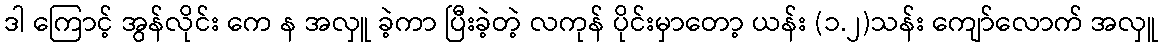
ဒါ ကြောင့် အွန်လိုင်း ကေ န အလှူ ခဲ့ကာ ပြီးခဲ့တဲ့ လကုန် ပိုင်းမှာတော့ ယန်း (၁.၂)သန်း ကျော်လောက် အလှူ